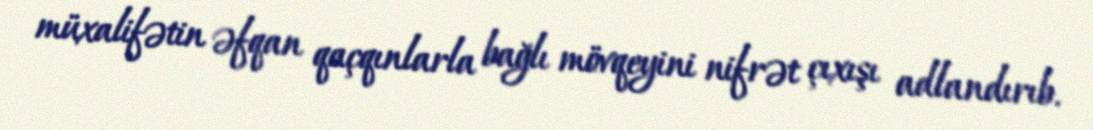
müxalifətin əfqan qaçqınlarla bağlı mövqeyini nifrət çıxışı adlandırıb.